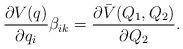
LaTeX: \begin{align*} \frac{\partial V(q)}{\partial q_i} \beta_{ik} = \frac{\partial \bar{V}(Q_1,Q_2)}{\partial Q_2} .\end{align*}